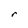
Character: r